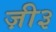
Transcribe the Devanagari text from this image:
ज़ी३